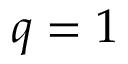
q = 1